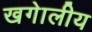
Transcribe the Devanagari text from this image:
खगेालीय